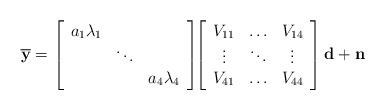
LaTeX: \begin{align*}\begin{array}{l}\overline {\bf{y}} =\left[ {\begin{array}{*{20}{c}}{{a_1\lambda_1}}&{}&{}\\{}& \ddots &{}\\{}&{}&{{a_4 \lambda_4}}\end{array}} \right] \! \! \left[ {\begin{array}{*{20}{c}}{{V_{11}}}& \hdots &{{V_{14}}}\\\vdots & \ddots & \vdots \\{{V_{41}}}&\hdots&{{V_{44}}}\end{array}} \right] \mathbf{d} + {{\bf{n}}}\end{array}\end{align*}